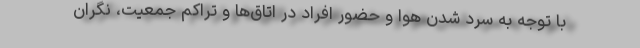
با توجه به سرد شدن هوا و حضور افراد در اتاق‌ها و تراکم جمعیت، نگران